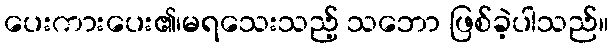
ပေးကားပေး၏၊မရသေးသည့် သဘော ဖြစ်ခဲ့ပါသည်။